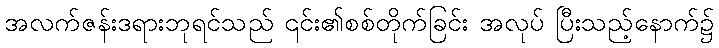
အလက်ဇန်းဒရားဘုရင်သည် ၎င်း၏စစ်တိုက်ခြင်း အလုပ် ပြီးသည့်နောက်၌